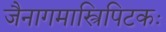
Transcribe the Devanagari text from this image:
जैनागमास्त्रिपिटकः